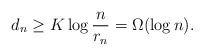
LaTeX: \begin{align*}d_n \geq K \log {n \over r_n } = \Omega (\log n).\end{align*}